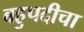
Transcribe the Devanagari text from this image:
बहुपदीचा